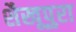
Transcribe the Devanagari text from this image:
शैखूपुरा